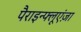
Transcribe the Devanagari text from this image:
पैराइन्फ्लूएंज़ा